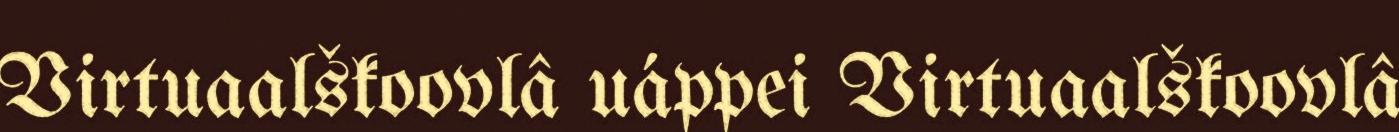
Virtuaalškoovlâ uáppei Virtuaalškoovlâ